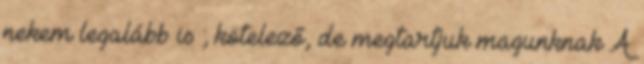
nekem legalább is ; kötelező, de megtartjuk magunknak A